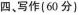
四、写作(60分)